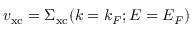
v _ { \mathrm { x c } } = \Sigma _ { \mathrm { x c } } ( k = k _ { F } ; E = E _ { F } )